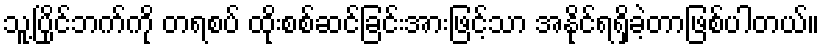
သူ့ပြိုင်ဘက်ကို တရစပ် ထိုးစစ်ဆင်ခြင်းအားဖြင့်သာ အနိုင်ရရှိခဲ့တာဖြစ်ပါတယ်။